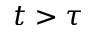
t > \tau